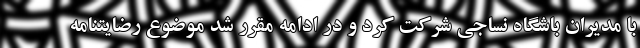
با مدیران باشگاه نساجی شرکت کرد و در ادامه مقرر شد موضوع رضایتنامه